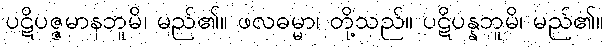
ပဋိပဇ္ဇမာနဘူမိ၊ မည်၏။ ဖလဓမ္မာ၊ တို့သည်။ ပဋိပန္နဘူမိ၊ မည်၏။